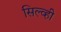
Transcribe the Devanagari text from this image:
सिल्व्ही